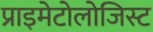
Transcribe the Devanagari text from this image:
प्राइमेटोलोजिस्ट